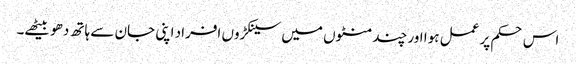
اس حکم پر عمل ہوا اور چند منٹوں میں سینکڑوں افراد اپنی جان سے ہاتھ دھو بیٹھے۔